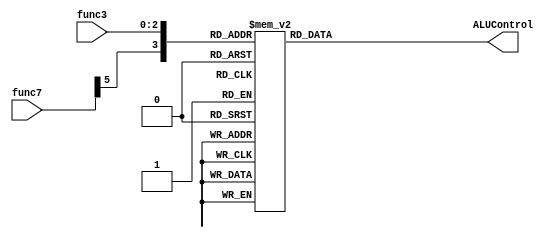
`timescale 1ns / 1ps
//////////////////////////////////////////////////////////////////////////////////
// Company: 
// Engineer: 
// 
// Design Name: 
// Module Name: alu_control
// Project Name: 
// Target Devices: 
// Tool Versions: 
// Description: 
// 
// Dependencies: 
// 
// Revision:
// Revision 0.01 - File Created
// Additional Comments:
// 
//////////////////////////////////////////////////////////////////////////////////


module alu_control(
    input wire [31:25] func7,
    input wire [14:12]func3,
    // input wire [6:0] aluOp,
    output reg [3:0]ALUControl
    );
always@ (func7,func3) begin
    //  if(aluOp==7'b0110011 || aluOp==7'b0010011)
     case({func7[30],func3})
     4'b0000  : ALUControl=4'b0000; //sum
     4'b1000  : ALUControl=4'b0001; //sub
     4'b0100  : ALUControl=4'b0100; //xor
     4'b0110  : ALUControl=4'b0011; //or
     4'b0111  : ALUControl=4'b0010; //and
     4'b0001  : ALUControl=4'b0110; //Logical left
     4'b0101  : ALUControl=4'b0101; //logical right
     4'b1101  : ALUControl=4'b0111; //arithmatic right shift
     4'b0010  : ALUControl=4'b1000; //less than signed
     4'b0011  : ALUControl=4'b1001; //less than unsigned
     default: ALUControl=4'b0000;
    endcase
    // else ALUControl=4'b1010;
end

    endmodule